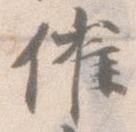
催